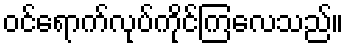
ဝင်ရောက်လုပ်ကိုင်ကြလေသည်။